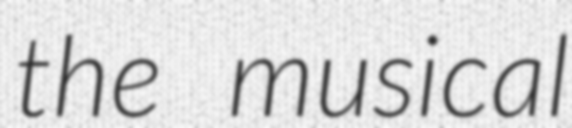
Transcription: the musical